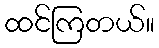
ထင်ကြတယ်။